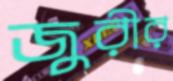
জুরীর